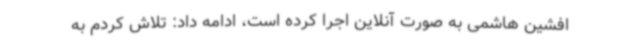
افشین هاشمی به صورت آنلاین اجرا کرده است، ادامه داد: تلاش کردم به